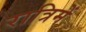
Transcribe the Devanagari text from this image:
रात्रिमें